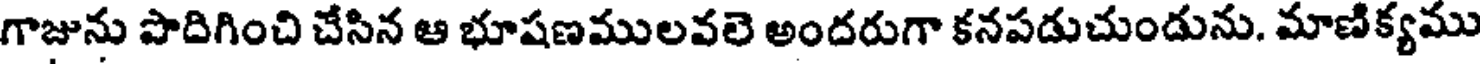
గాజును పొదిగించి చేసిన ఆ భూషణములవలె అందరుగా కనపడుచుండును. మాణిక్యము